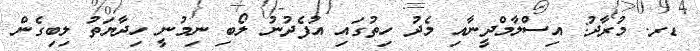
ޑރ. މުރާދު: އިސްލާމްދީނާއި މެދު ހިތުގައި އުފެދުނު ލޯބި ނިމުނީ ހިދާޔަތު ލިބިގެން